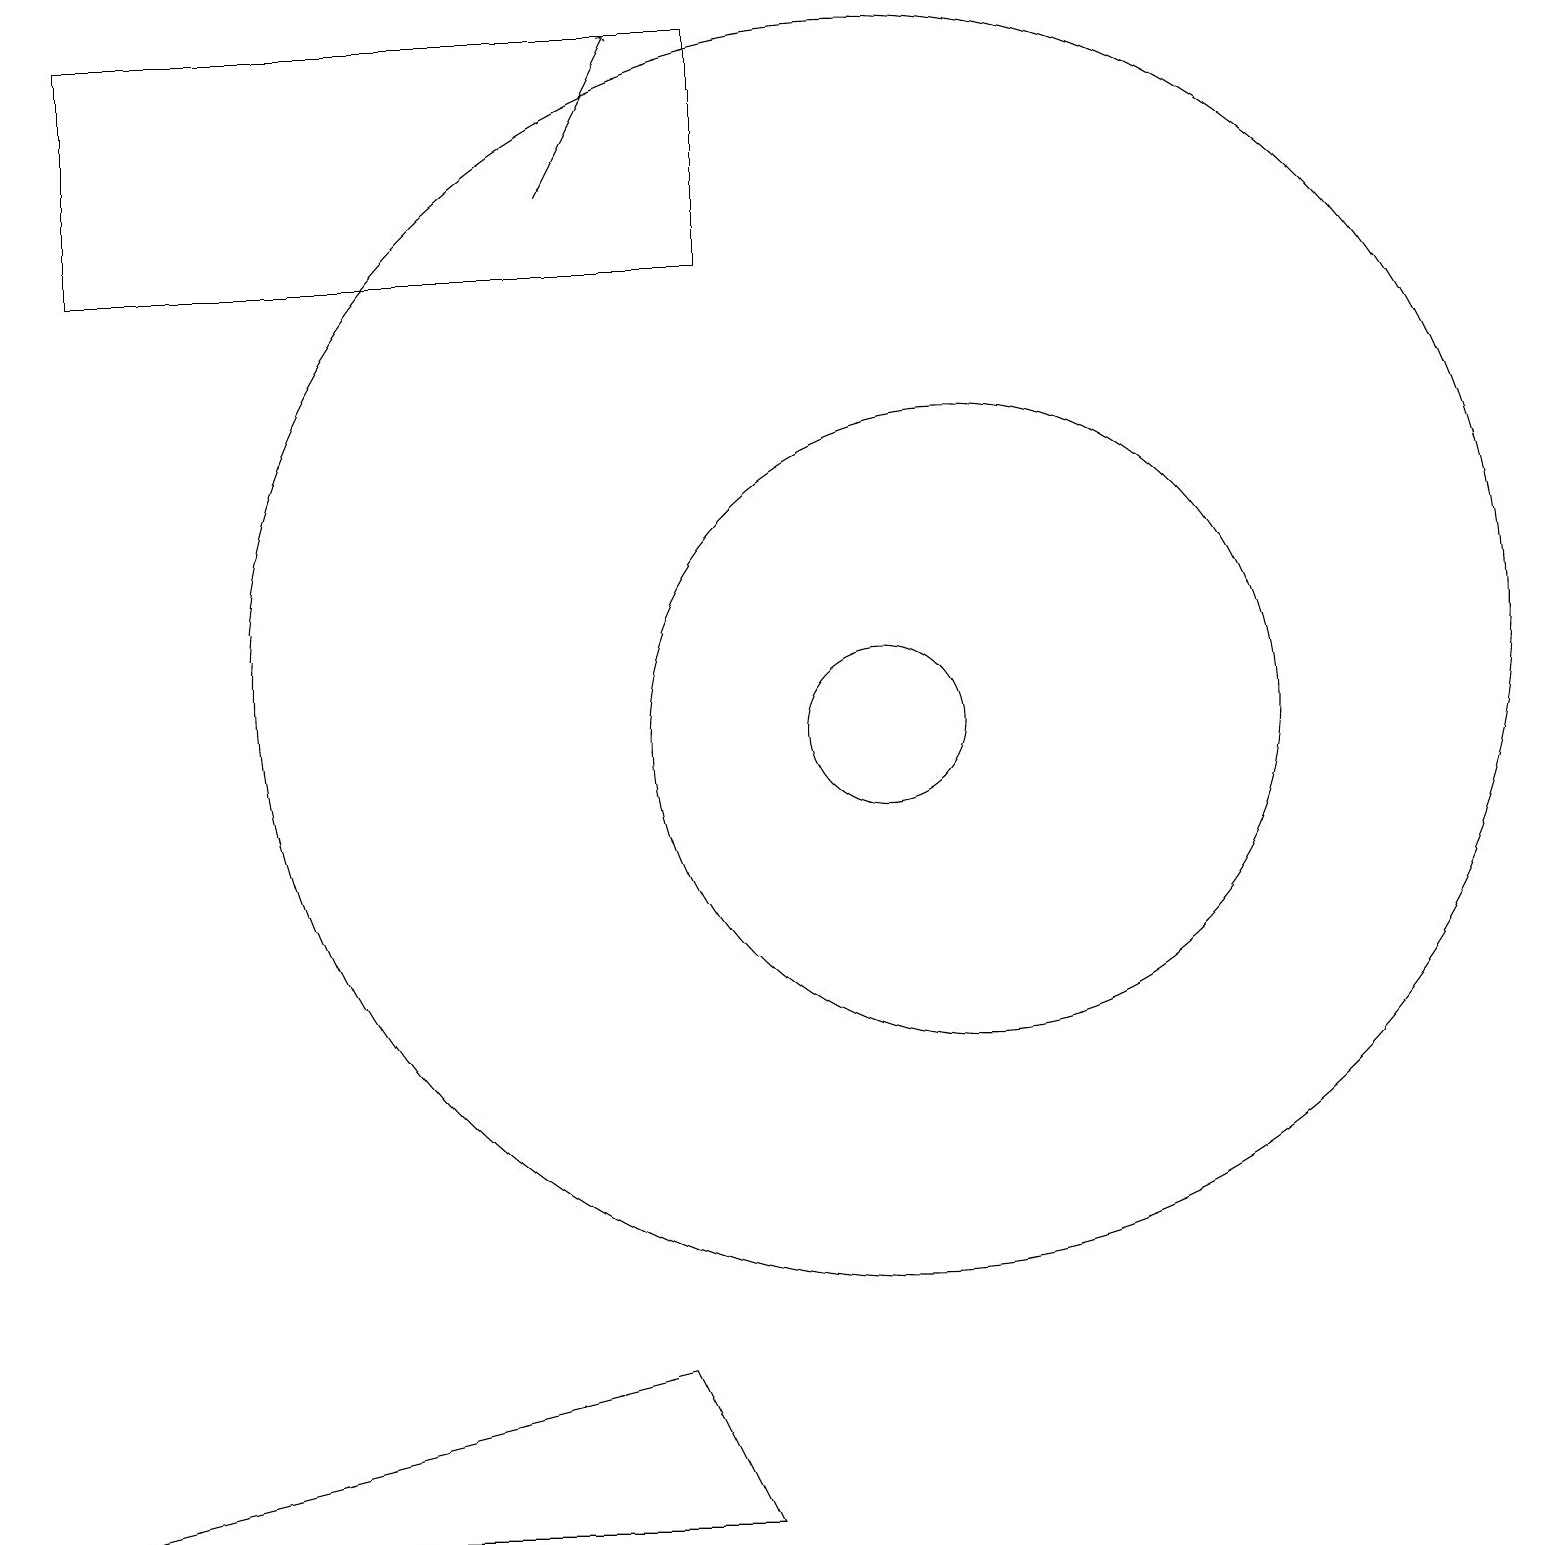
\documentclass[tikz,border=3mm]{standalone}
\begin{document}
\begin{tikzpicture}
\draw (9,0) -- (0,0) -- (8,2) -- cycle;
\draw (1,16) rectangle (9,19);
\draw (12,10) circle (4);
\draw (11,10) circle (1);
\draw[->] (7,17) -- (8,19);
\draw (11,11) circle (8);
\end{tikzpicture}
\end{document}